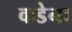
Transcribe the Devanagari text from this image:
कडेना